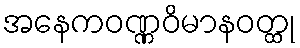
အနေကဝဏ္ဏဝိမာနဝတ္ထု